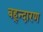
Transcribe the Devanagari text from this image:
बह्न्दारण